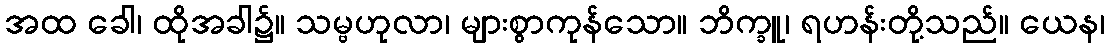
အထ ခေါ၊ ထိုအခါ၌။ သမ္ဗဟုလာ၊ များစွာကုန်သော။ ဘိက္ခူ၊ ရဟန်းတို့သည်။ ယေန၊